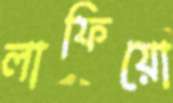
লাফিয়ো